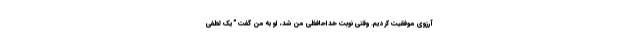
آرزوی موفقیت کردیم. وقتی نوبت خداحافظی من شد، او به من گفت "یک لطفی